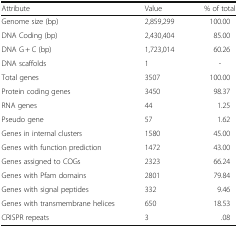
<table><thead><tr><td><b>Attribute</b></td><td><b>Value</b></td><td><b>% of total</b></td></tr></thead><tbody><tr><td>Genome size (bp)</td><td>2,859,299</td><td>100.00</td></tr><tr><td>DNA Coding (bp)</td><td>2,430,404</td><td>85.00</td></tr><tr><td>DNA G + C (bp)</td><td>1,723,014</td><td>60.26</td></tr><tr><td>DNA scaffolds</td><td>1</td><td>-</td></tr><tr><td>Total genes</td><td>3507</td><td>100.00</td></tr><tr><td>Protein coding genes</td><td>3450</td><td>98.37</td></tr><tr><td>RNA genes</td><td>44</td><td>1.25</td></tr><tr><td>Pseudo gene</td><td>57</td><td>1.62</td></tr><tr><td>Genes in internal clusters</td><td>1580</td><td>45.00</td></tr><tr><td>Genes with function prediction</td><td>1472</td><td>43.00</td></tr><tr><td>Genes assigned to COGs</td><td>2323</td><td>66.24</td></tr><tr><td>Genes with Pfam domains</td><td>2801</td><td>79.84</td></tr><tr><td>Genes with signal peptides</td><td>332</td><td>9.46</td></tr><tr><td>Genes with transmembrane helices</td><td>650</td><td>18.53</td></tr><tr><td>CRISPR repeats</td><td>3</td><td>.08</td></tr></tbody></table>